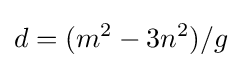
d=(m^{2}-3n^{2})/g